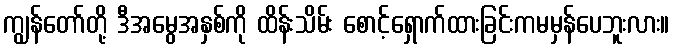
ကျွန်တော်တို့ ဒီအမွေအနှစ်ကို ထိန်းသိမ်း စောင့်ရှောက်ထားခြင်းကမမှန်ပေဘူးလား။